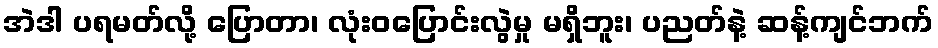
အဲဒါ ပရမတ်လို့ ပြောတာ၊ လုံးဝပြောင်းလွဲမှု မရှိဘူး၊ ပညတ်နဲ့ ဆန့်ကျင်ဘက်